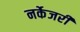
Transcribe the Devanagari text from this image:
नर्केजरी